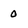
Character: 0